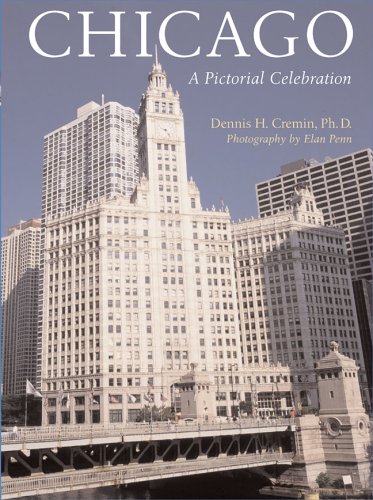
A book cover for Chicago: A Pictorial Celebration; Dennis H. Cremin Ph.D.; Travel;